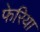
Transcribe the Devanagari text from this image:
फेरिया